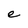
Character: e